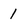
Character: 1